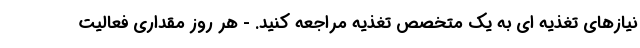
نیازهای تغذیه ای به یک متخصص تغذیه مراجعه کنید. - هر روز مقداری فعالیت